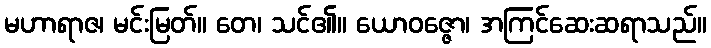
မဟာရာဇ၊ မင်းမြတ်။ တေ၊ သင်၏။ ယောဝဇ္ဇော၊ အကြင်ဆေးဆရာသည်။